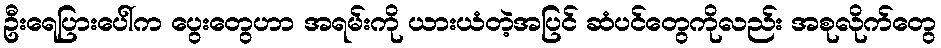
ဦးရေပြားပေါ်က ပွေးတွေဟာ အရမ်းကို ယားယံတဲ့အပြင် ဆံပင်တွေကိုလည်း အစုလိုက်တွေ